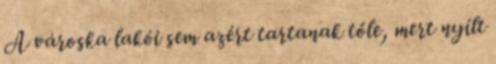
A városka lakói sem azért tartanak tőle, mert nyílt